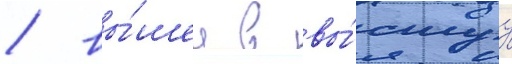
/ вы́шел в вы́сшуу